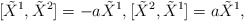
\begin{align*}[\tilde{X}^{1},\tilde{X}^{2}]=-a\tilde{X}^{1},[\tilde{X}^{2},\tilde{X}^{1}]=a\tilde{X}^{1},\end{align*}